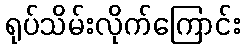
ရုပ်သိမ်းလိုက်ကြောင်း